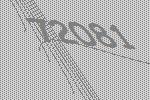
72081